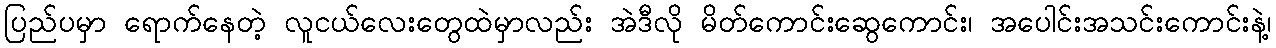
ပြည်ပမှာ ရောက်နေတဲ့ လူငယ်လေးတွေထဲမှာလည်း အဲဒီလို မိတ်ကောင်းဆွေကောင်း၊ အပေါင်းအသင်းကောင်းနဲ့၊